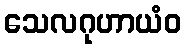
သေလဂုဟာယံဝ